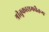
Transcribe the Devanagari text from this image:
श्रीतुकारामचैतन्य